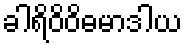
ခါရိဝိဝိဓမာဒါယ